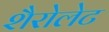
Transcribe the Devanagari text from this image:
शैरोलेट